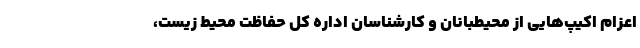
اعزام اکیپ‌هایی از محیطبانان و کارشناسان اداره کل حفاظت محیط زیست،